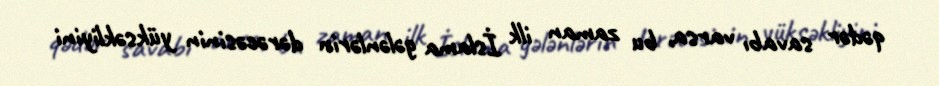
qədər savabı varsa, bu zaman ilk İslama gələnlərin dərəcəsinin yüksəkliyini